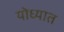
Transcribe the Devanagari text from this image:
योध्यात